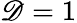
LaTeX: \mathscr{D}=1